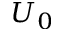
U _ { 0 }